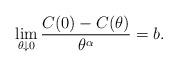
LaTeX: \begin{align*} \lim_{\theta \downarrow 0} \frac{C(0) - C(\theta)}{\theta^\alpha} = b.\end{align*}